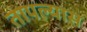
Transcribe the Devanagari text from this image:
तापल्यास